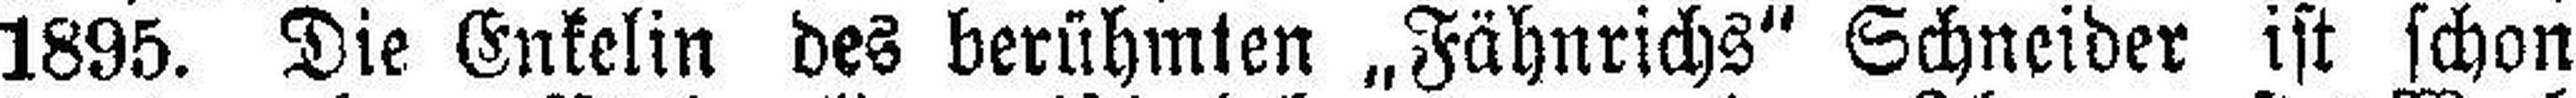
1895. Die Enkelin des berühmten „Fähnrichs“ Schneider ist schon